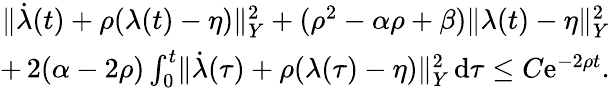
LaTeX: \begin{array}{r}{\lVert\dot{\lambda}(t)+\rho(\lambda(t)-\eta)\rVert_{Y}^{2}+(\rho^{2}-\alpha\rho+\beta)\lVert\lambda(t)-\eta\rVert_{Y}^{2}}\\ {+\, 2(\alpha-2\rho)\int_{0}^{t}\lVert\dot{\lambda}(\tau)+\rho(\lambda(\tau)-\eta)\rVert_{Y}^{2}\, \mathrm{d}\tau\leq C\mathrm{e}^{-2\rho t}.}\end{array}